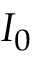
I _ { 0 }